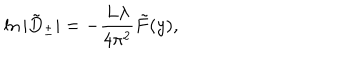
\ln \vert \tilde { D } _ { \pm } \vert = - \frac { L \lambda } { 4 \pi ^ { 2 } } \tilde { F } ( y ) ,